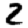
Digit: 2